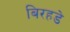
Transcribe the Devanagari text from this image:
बिरहडे